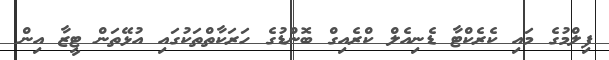
ފިލްމުގެ މައި ކެރެކްޓާ ޑެނިއެލް ކްރެއިގް ބޮންޑުގެ ހަރަކާތްތަކުގައި އުޅޭތަން ޓީޒާ އިން